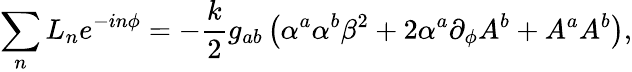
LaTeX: \sum_{n}L_{n}e^{-in\phi}=-{\frac{k}{2}}g_{ab}\left(\alpha^{a}\alpha^{b}\beta^{2}+2\alpha^{a}\partial_{\phi}A^{b}+A^{a}A^{b}\right),